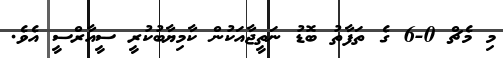
މި މެޗް 0-6 ގެ ތަފާތު ބޮޑު ނަތީޖާއަކުން ކާމިޔާބުކުރީ ސީއާރްސީ އެވެ.